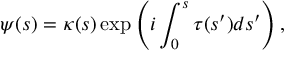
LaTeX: \psi ( s ) = \kappa ( s ) \exp \left( i \int _ { 0 } ^ { s } \tau ( s ^ { \prime } ) d s ^ { \prime } \right) ,